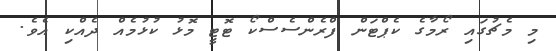
މި މެޗުގައި ރޯމާގެ ކެޕްޓަން ފްރެންސެސްކޯ ޓޮޓީ މޮޅު ކުޅުމެއް ދެއްކި އެވެ.